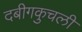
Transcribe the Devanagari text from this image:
दबीगकुचली